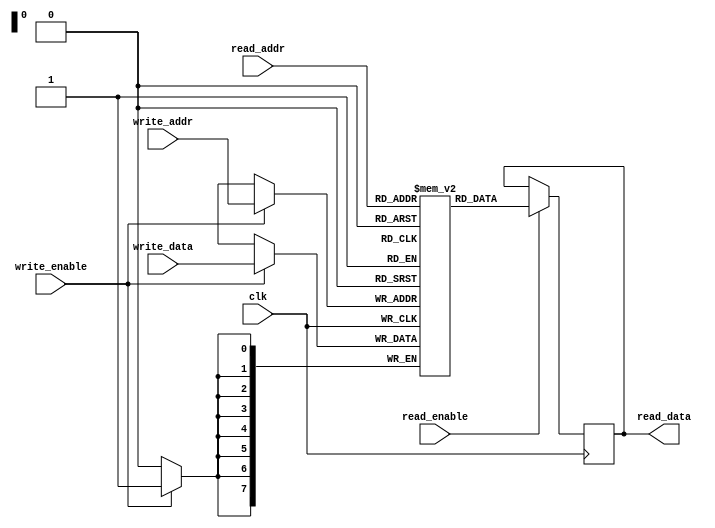
module dual_port_ram (
   input wire clk,
   input wire [7:0] write_data,
   input wire [7:0] read_addr,
   input wire [7:0] write_addr,
   input wire write_enable,
   input wire read_enable,
   output reg [7:0] read_data
);

reg [7:0] memory [0:255]; // Assuming 256 memory locations

always @(posedge clk) begin
   if(write_enable) begin
      memory[write_addr] <= write_data;
   end
   
   if(read_enable) begin
      read_data <= memory[read_addr];
   end
end

endmodule